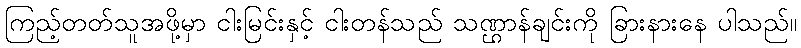
ကြည့်တတ်သူအဖို့မှာ ငါးမြင်းနှင့် ငါးတန်သည် သဏ္ဌာန်ချင်းကို ခြားနားနေ ပါသည်။